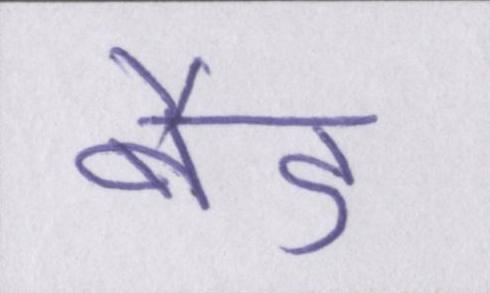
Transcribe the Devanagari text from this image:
बैड